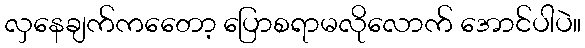
လှနေချက်ကတေော့ ပြောစရာမလိုလောက် အောင်ပါပဲ။